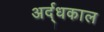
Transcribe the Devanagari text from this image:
अर्द्धकाल